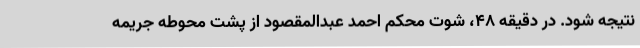
نتیجه شود. در دقیقه ۴۸، شوت محکم احمد عبدالمقصود از پشت محوطه جریمه